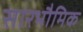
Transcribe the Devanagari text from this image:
सारभौमिक